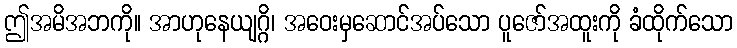
ဤအမိအဘကို။ အာဟုနေယျဂ္ဂိ၊ အဝေးမှဆောင်အပ်သော ပူဇော်အထူးကို ခံထိုက်သော